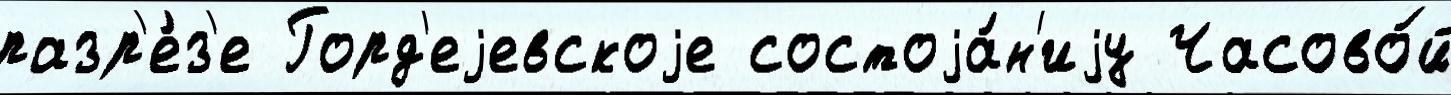
разр'е́з'е Горд'еjевскоjе состоjа́н'иjу Часово́й